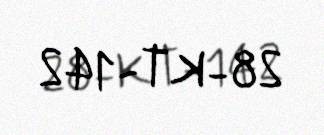
28-KT-142